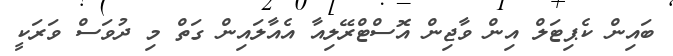
ބައިން ކެޕިޓަލް އިން ވާޖިން އޮސްޓްރޭލިއާ އެއާލައިން ގަތް މި ދުވަސް ވަރަކީ